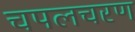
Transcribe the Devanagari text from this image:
चपलचरण